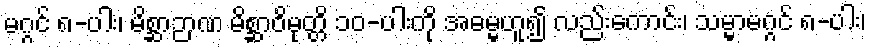
မဂ္ဂင် ၈-ပါး၊ မိစ္ဆာဉာဏ မိစ္ဆာဝိမုတ္တိ ၁၀-ပါးကို အဓမ္မဟူ၍ လည်းကောင်း၊ သမ္မာမဂ္ဂင် ၈-ပါး၊